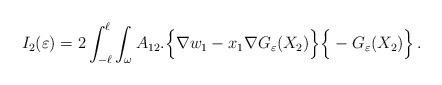
LaTeX: \begin{align*} I_2(\varepsilon) = 2\int_{-\ell}^\ell \int_{\omega} A_{12}.\Big\{\nabla w_1 -x_1\nabla G_\varepsilon(X_2) \Big\} \Big\{-G_\varepsilon(X_2)\Big\}\,. \end{align*}